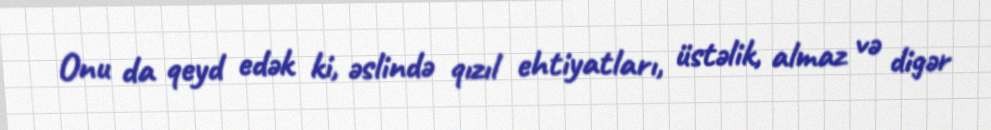
Onu da qeyd edək ki, əslində qızıl ehtiyatları, üstəlik, almaz və digər